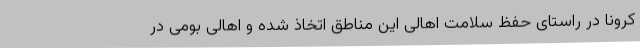
کرونا در راستای حفظ سلامت اهالی این مناطق اتخاذ شده و اهالی بومی در